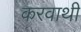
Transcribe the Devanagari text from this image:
करवाथी